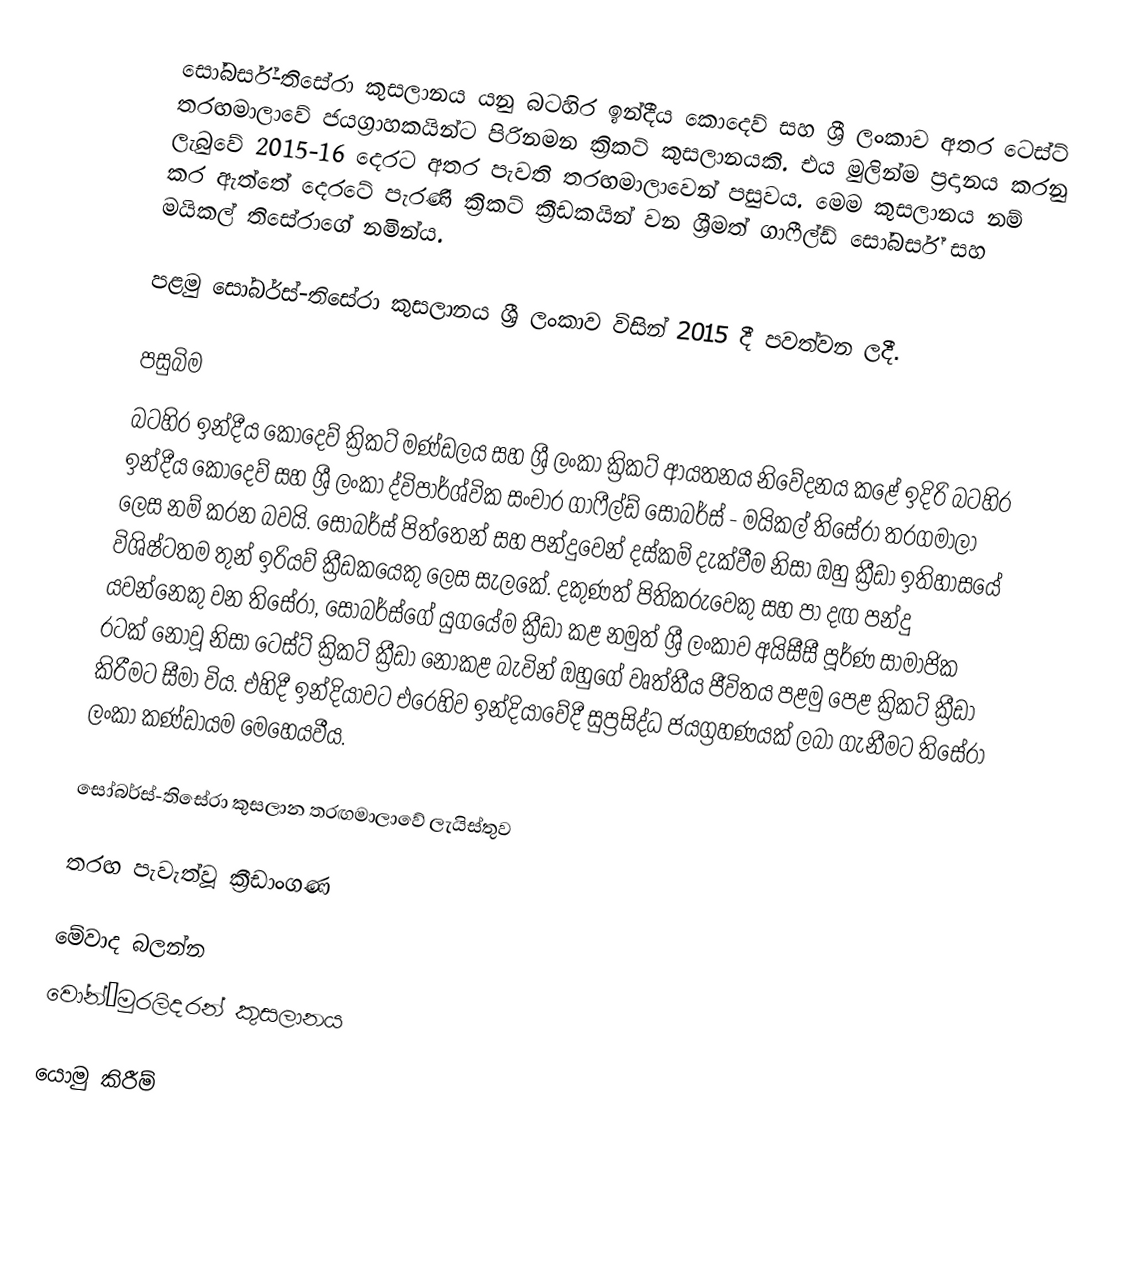
සෝබර්ස්-තිසේරා කුසලානය යනු බටහිර ඉන්දීය කොදෙව් සහ ශ්‍රී ලංකාව අතර ටෙස්ට් තරඟමාලාවේ ජයග්‍රාහකයින්ට පිරිනමන ක්‍රිකට් කුසලානයකි. එය මුලින්ම ප්‍රදානය කරනු ලැබුවේ 2015-16 දෙරට අතර පැවති තරඟමාලාවෙන් පසුවය. මෙම කුසලානය නම් කර ඇත්තේ දෙරටේ පැරණි ක්‍රිකට් ක්‍රීඩකයින් වන ශ්‍රීමත් ගාෆීල්ඩ් සෝබර්ස් සහ මයිකල් තිසේරාගේ නමින්ය.

පළමු සෝබර්ස්-තිසේරා කුසලානය ශ්‍රී ලංකාව විසින් 2015 දී පවත්වන ලදී.

පසුබිම
බටහිර ඉන්දීය කොදෙව් ක්‍රිකට් මණ්ඩලය සහ ශ්‍රී ලංකා ක්‍රිකට් ආයතනය නිවේදනය කළේ ඉදිරි බටහිර ඉන්දීය කොදෙව් සහ ශ්‍රී ලංකා ද්විපාර්ශ්වික සංචාර ගාෆීල්ඩ් සෝබර්ස් - මයිකල් තිසේරා තරගමාලා ලෙස නම් කරන බවයි. සෝබර්ස් පිත්තෙන් සහ පන්දුවෙන් දස්කම් දැක්වීම නිසා ඔහු ක්‍රීඩා ඉතිහාසයේ විශිෂ්ටතම තුන් ඉරියව් ක්‍රීඩකයෙකු ලෙස සැලකේ. දකුණත් පිතිකරුවෙකු සහ පා දඟ පන්දු යවන්නෙකු වන තිසේරා, සෝබර්ස්ගේ යුගයේම ක්‍රීඩා කළ නමුත් ශ්‍රී ලංකාව අයිසීසී පූර්ණ සාමාජික රටක් නොවූ නිසා ටෙස්ට් ක්‍රිකට් ක්‍රීඩා නොකළ බැවින් ඔහුගේ වෘත්තීය ජීවිතය පළමු පෙළ ක්‍රිකට් ක්‍රීඩා කිරීමට සීමා විය. එහිදී ඉන්දියාවට එරෙහිව ඉන්දියාවේදී සුප්‍රසිද්ධ ජයග්‍රහණයක් ලබා ගැනීමට තිසේරා ලංකා කණ්ඩායම මෙහෙයවීය.

සෝබර්ස්-තිසේරා කුසලාන තරඟමාලාවේ ලැයිස්තුව

තරඟ පැවැත්වූ ක්‍රීඩාංගණ

මේවාද බලන්න
වෝන්–මුරලිදරන් කුසලානය

යොමු කිරීම්